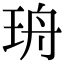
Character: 珘